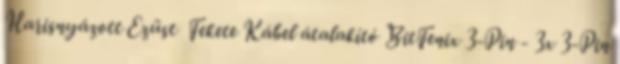
Harisnyázott Ezüst Fekete Kábel átalakító BitFenix 3-Pin - 3x 3-Pin